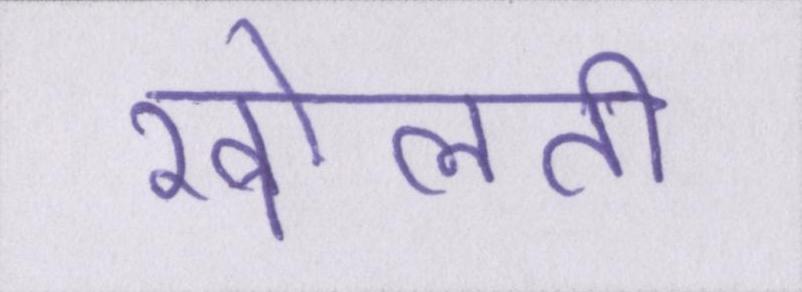
खोलती